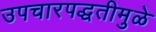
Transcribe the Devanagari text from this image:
उपचारपद्धतीमुळे